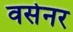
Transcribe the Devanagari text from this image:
वसेनर